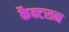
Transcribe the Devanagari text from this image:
कैक्टसन